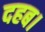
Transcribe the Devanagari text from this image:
दहब।